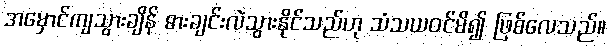
အမှောင်ကျသွားချိန် ဓားချင်းလဲသွားနိုင်သည်ဟု သံသယဝင်မိ၍ ဖြစ်လေသည်။